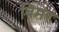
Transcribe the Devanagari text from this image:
बिमर